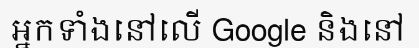
អ្នកទាំងនៅលើ Google និងនៅ